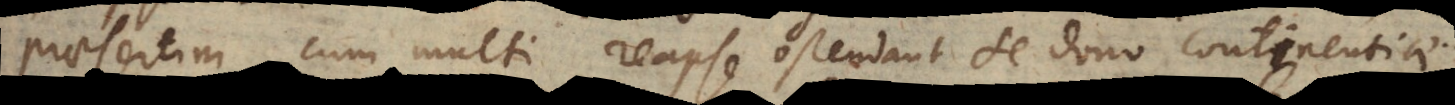
praesertim cum multi reapse ostendant se dono continentiae